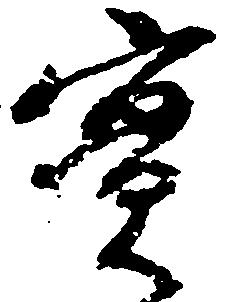
実